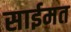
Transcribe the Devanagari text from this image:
साईमत